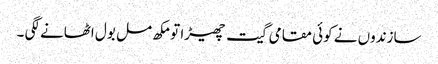
سازندوں نے کوئی مقامی گیت چھیڑا تو مکھ مل بول اٹھانے لگی ۔